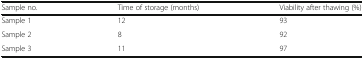
| Sample no. | Time of storage (months) | Viability after thawing (%) |
 | --- | --- | --- |
 | Sample 1 | 12 | 93 |
 | Sample 2 | 8 | 92 |
 | Sample 3 | 11 | 97 |